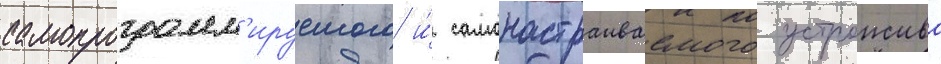
самопрограмм'ируемого и́ самонастраиваемого устроиства